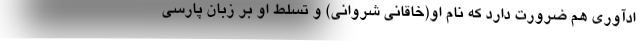
ادآوری هم ضرورت دارد که نام او(خاقانی شَروانی) و تسلط او بر زبان پارسی